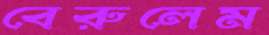
বেরুলেম